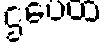
ဌပေထ